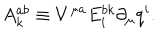
A _ { k } ^ { a b } \equiv V ^ { \mu a } E _ { i } ^ { b k } \partial _ { \mu } q ^ { i } .